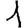
Digit: 1